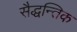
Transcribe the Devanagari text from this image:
सैद्धन्तिक